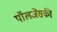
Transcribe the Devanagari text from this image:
पॉलजेंसकी